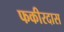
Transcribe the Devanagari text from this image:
फकीरदास